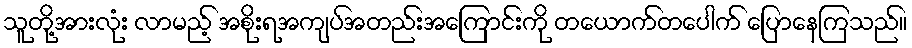
သူတို့အားလုံး လာမည့် အစိုးရအကျပ်အတည်းအကြောင်းကို တယောက်တပေါက် ပြောနေကြသည်။